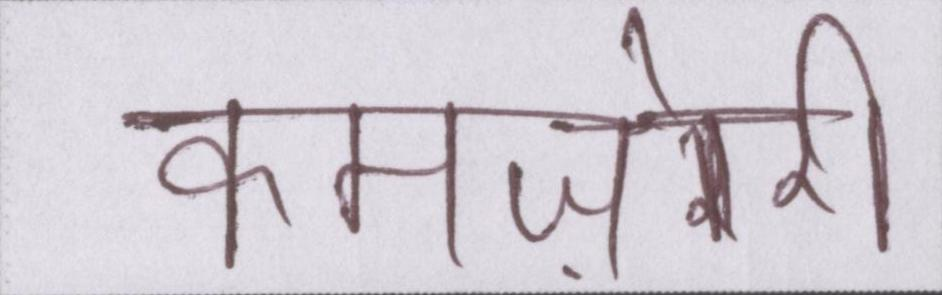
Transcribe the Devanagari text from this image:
कमज़ोरी